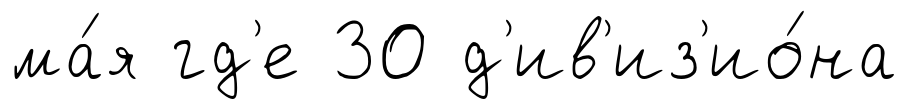
ма́я гд'е 30 д'ив'из'ио́на